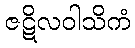
ဇဋိလဝါသိကံ